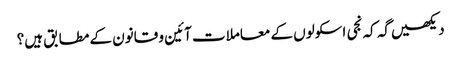
دیکھیں گہ کہ نجی اسکولوں کے معاملات آئین و قانون کے مطابق ہیں؟